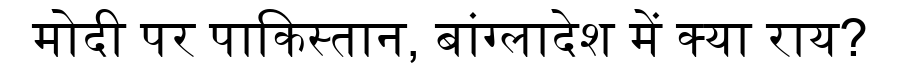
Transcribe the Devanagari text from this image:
मोदी पर पाकिस्तान, बांग्लादेश में क्या राय?